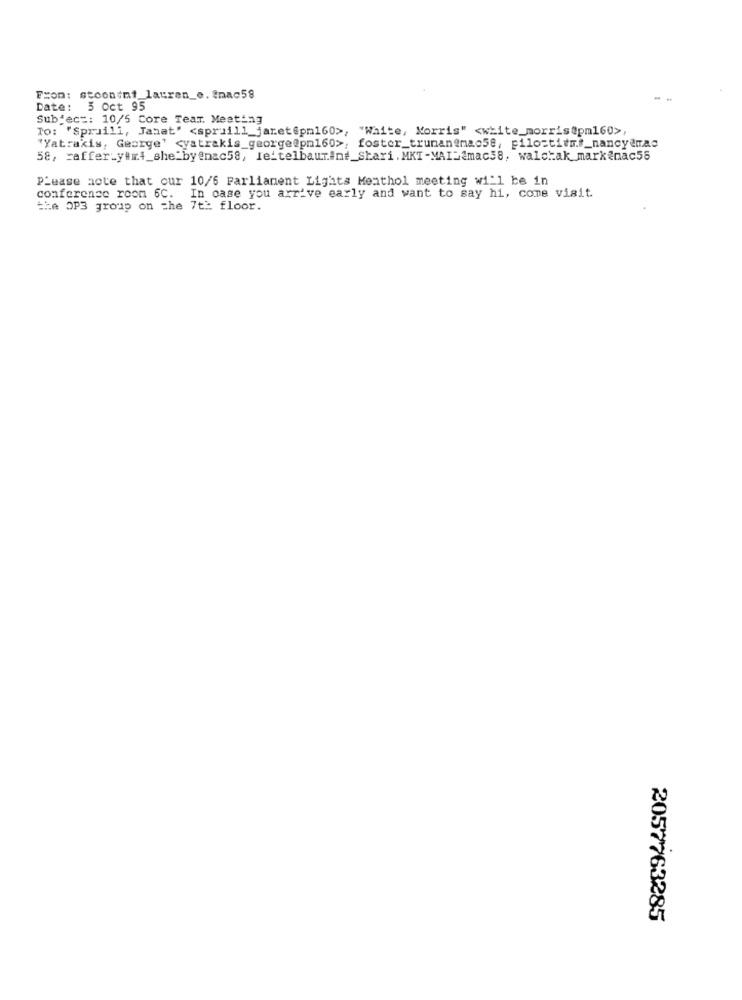
From: stoontmi_lauren_e.fnac58
Date:
5 Oct 95
Subject: 10/5 Core Team. Meeting
To: "Spruill, Janet' <spruill_jaret@pm160>, "White, Korris" <white_morris@pm160>,
"Yatrakis, George' <yatrakis_george@pn160>, foster_truman@mac58, pilo=titmf_nancy@mac
58, caffer_y#xt_she_by@nac58, leitelbaurint_Shari. MKT-MAIL@mac58, walchak_mark@nac56
Please note that our 10/6 Parliament Lights Menthol meeting will be in
conference room 6C.
In case you arrive early and want to say hi, come visit
the OP3 group on the 7th floor.
2057763285